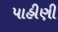
પાહીણી